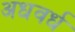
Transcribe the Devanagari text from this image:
अधवर्ध